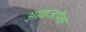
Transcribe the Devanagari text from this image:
आवाजापेक्षा